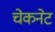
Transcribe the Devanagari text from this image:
चेकनेट